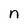
Character: n